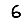
Digit: 6